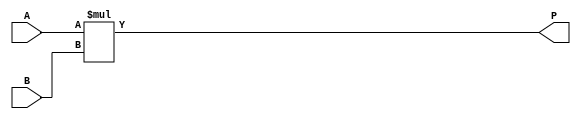
module ParameterizedMultiplier #(
    parameter A_WIDTH = 8,  // Width of input A
    parameter B_WIDTH = 8   // Width of input B
)(
    input  wire [A_WIDTH-1:0] A,  // Input A
    input  wire [B_WIDTH-1:0] B,  // Input B
    output wire [(A_WIDTH + B_WIDTH - 1):0] P  // Output Product
);

// Behavioral Description of Multiplication
assign P = A * B;  // Perform multiplication

endmodule